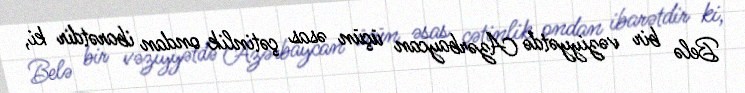
Belə bir vəziyyətdə Azərbaycan üçün əsas çətinlik ondan ibarətdir ki,